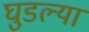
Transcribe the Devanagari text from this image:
घुडल्या